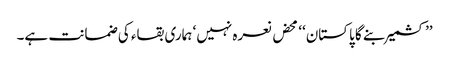
’’کشمیر بنے گا پاکستان‘‘ محض نعرہ نہیں‘ ہماری بقاء کی ضمانت ہے۔